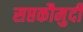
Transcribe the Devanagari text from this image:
सप्तकौमुदी